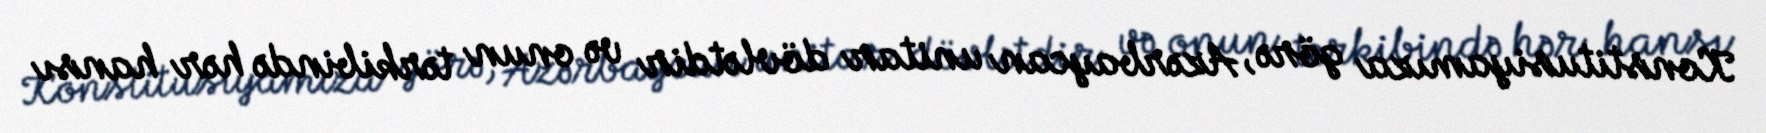
Konstitusiyamıza görə, Azərbaycan unitar dövlətdir və onun tərkibində hər hansı